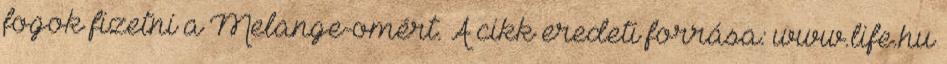
fogok fizetni a Melange-omért. A cikk eredeti forrása: www.life.hu